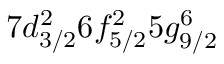
7 d _ { 3 / 2 } ^ { 2 } 6 f _ { 5 / 2 } ^ { 2 } 5 g _ { 9 / 2 } ^ { 6 }